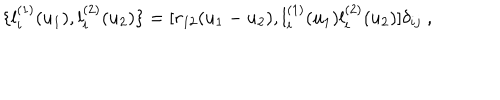
LaTeX: \{ l _ { i } ^ { ( 1 ) } ( u _ { 1 } ) , l _ { i } ^ { ( 2 ) } ( u _ { 2 } ) \} = [ r _ { 1 2 } ( u _ { 1 } - u _ { 2 } ) , l _ { i } ^ { ( 1 ) } ( u _ { 1 } ) l _ { i } ^ { ( 2 ) } ( u _ { 2 } ) ] \delta _ { i j } ~ ,